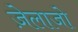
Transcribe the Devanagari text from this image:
ज़ेलाजो